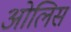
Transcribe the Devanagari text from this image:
ओलिस